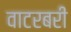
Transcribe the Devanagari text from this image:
वाटरबरी